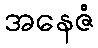
အနေဇံ